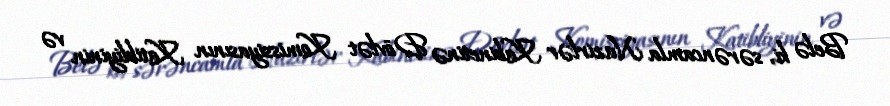
Belə ki, sərəncamla Nazirlər Kabinetinə Dövlət Komissiyasının Katibliyinin və